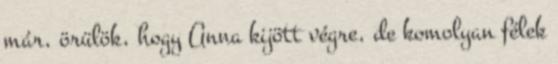
már, örülök, hogy Anna kijött végre, de komolyan félek